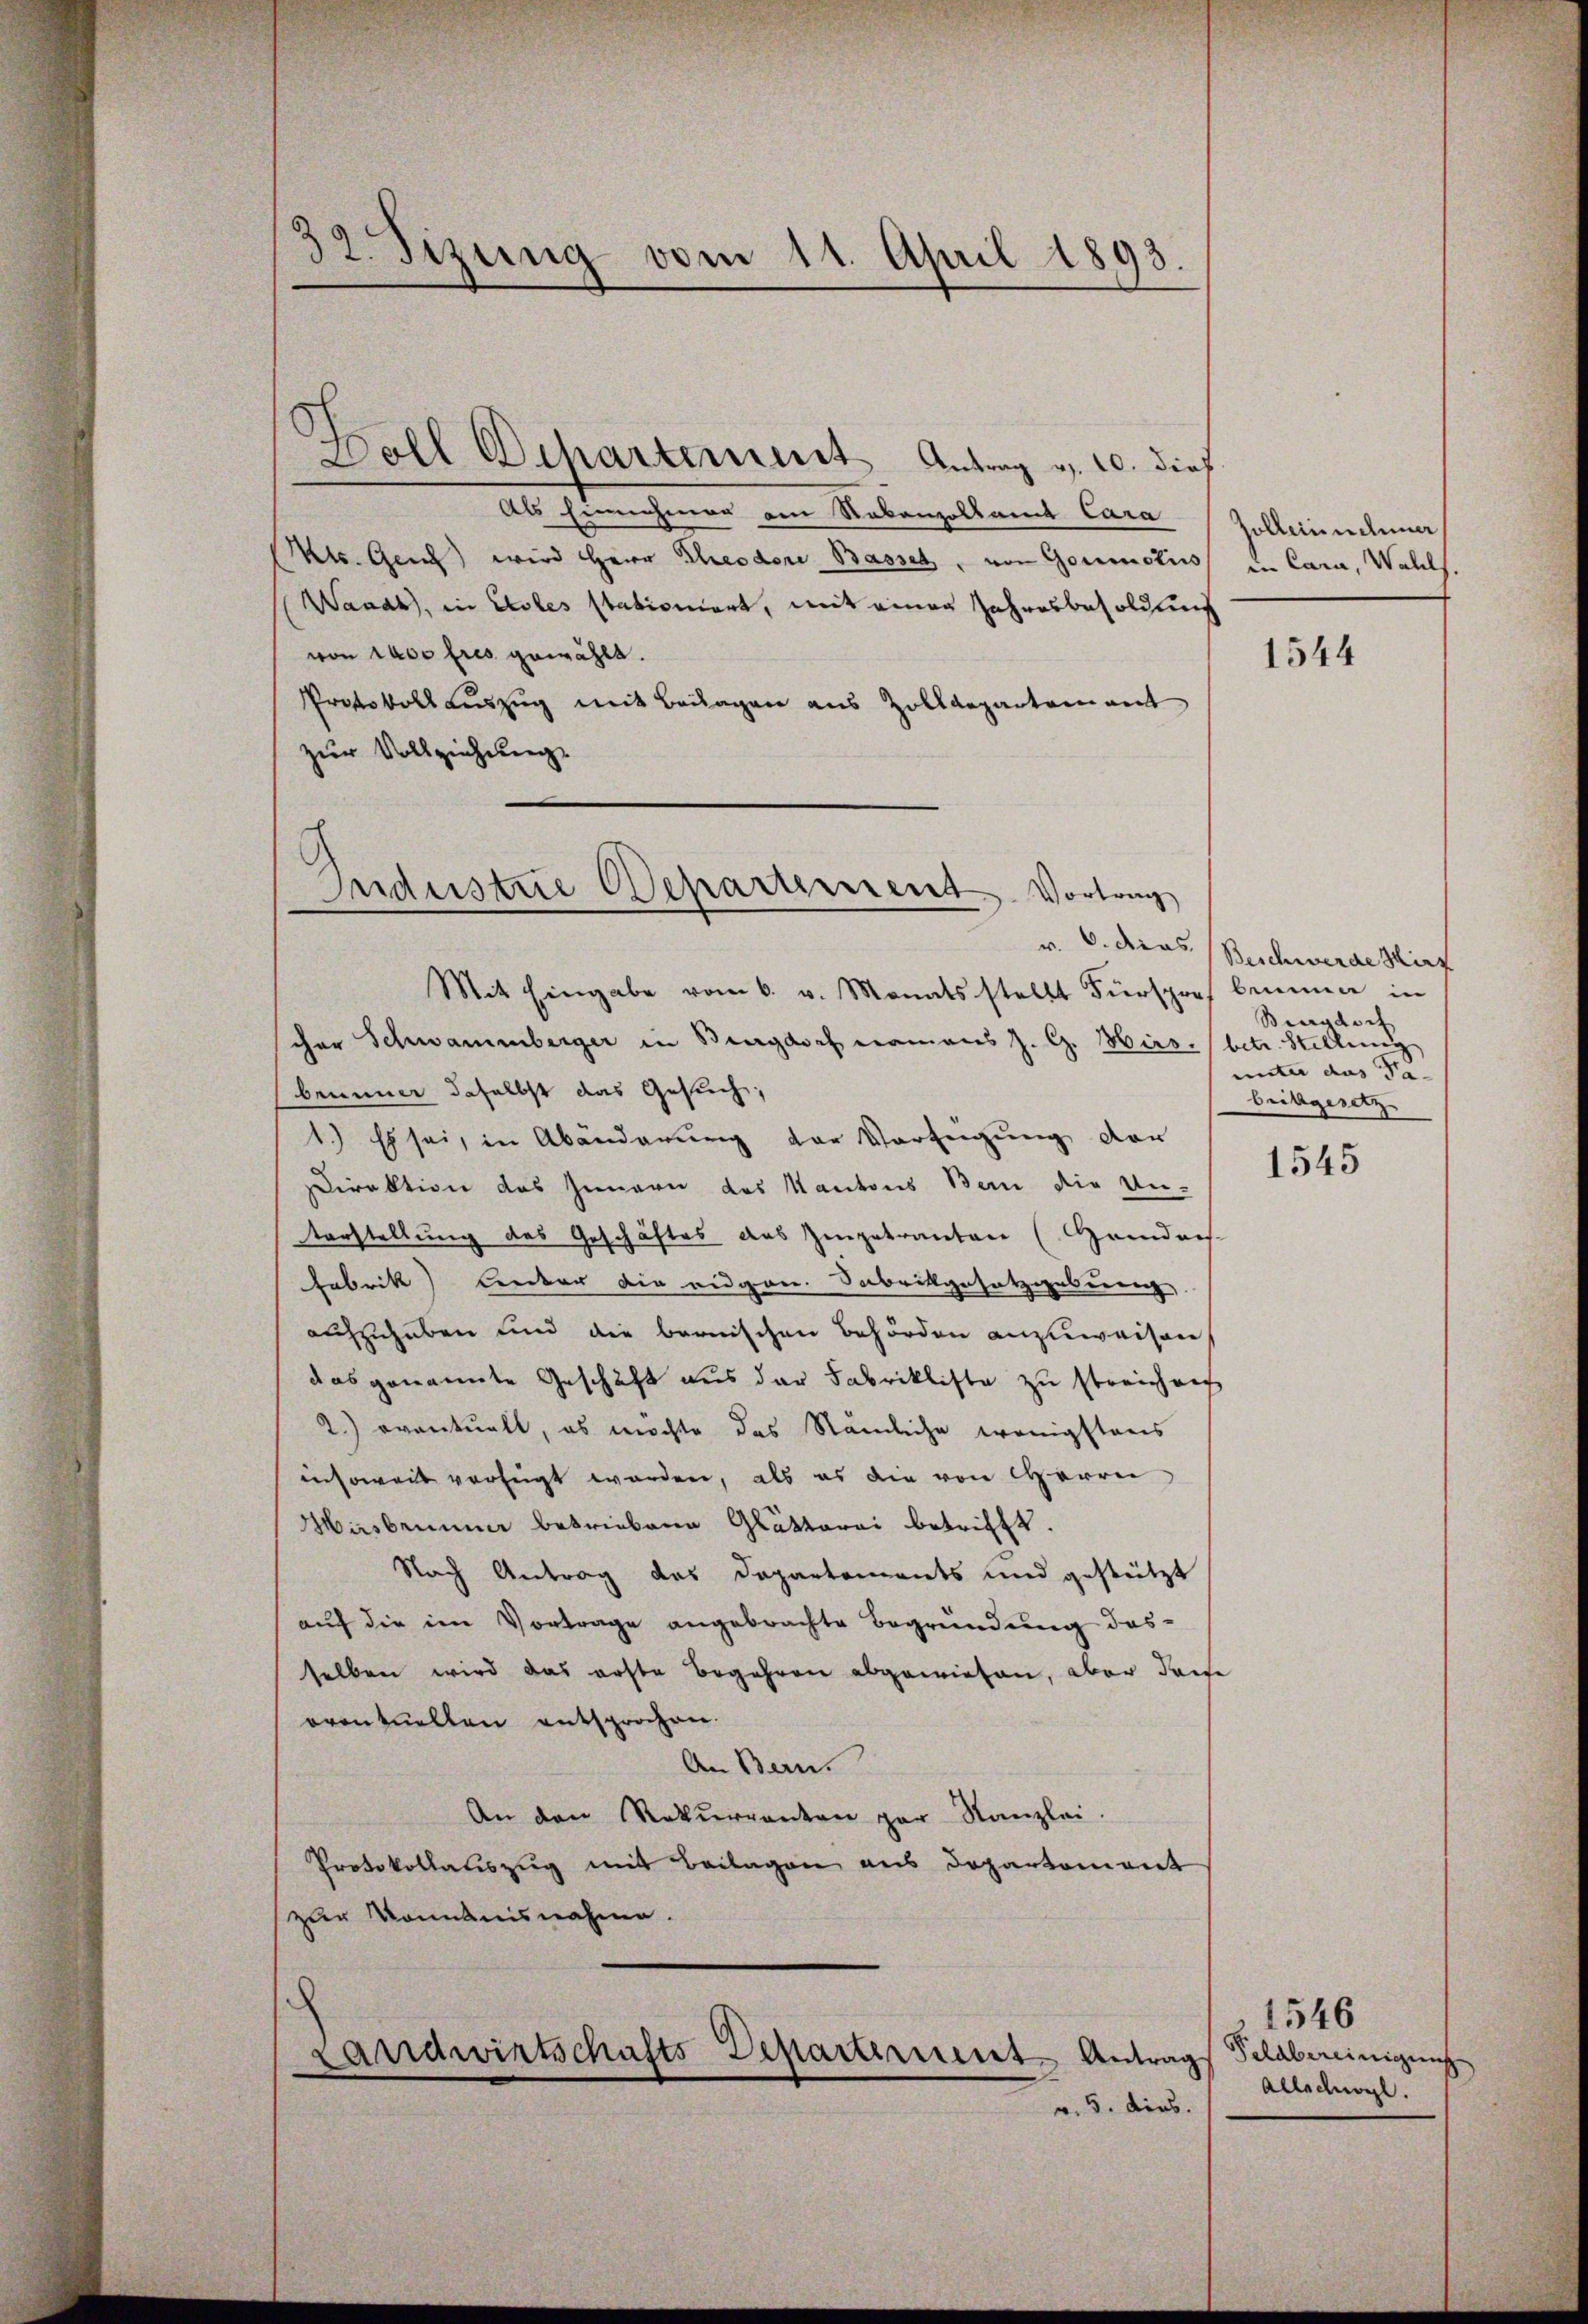
32. Fizung vom 11. April 1893.

Boll Departement. Antrag v. 10. dief
Als Einnahmen am Nebenzoltant Cara
Mts. Genf wird Herr Theodore Basset, von Goumotivs in Cara, Wahls.
Waadt, in Astes stationiert, mit einen Jahresbesoldung
von 1000 fres gewählt.
Protokoll auszug mit Beilagen aus Zolldepartement
zur Vollziehung.

Industrie Departement. Vortrag

Mit Eingabe vom 6. v. Monatsstellt Fürspres beimen in
scher Schwammberger in Burgdorf namens J. G. Hirs. betr. Stellung
brunner daselbst das Gesuch,
1.) Es sei, in Abänderung der Verfügung der
Direktion des Innern des Kantons Bern die Un-
tarstellung des Geschäftes das Zingetrauten (Gendans
Fabrik) Lenter die augen. Sabrikgesetzgebung
aufzuhaben und die bernischen Behörden anzuweisen
das genannte Geschäft aus der Fabrikliste zu streichnech
2.) eventuell, es möchte das Nämliche wenigstens
insoweit verfügt worden, als es die von Herrn
Masbrunner betriebene Glätterei betrifft.
Nach Antrag das Departements und gestützt
auf die im Vortrage angebrachte Begründung desselben wird das erste Begehren abgewiesen, aber dane
oventuellen entsprochen.
An Bern.
An den Rekurranten par Kanzlei.
Protokollauszug mit Beilagen aus Departement
zur Kenntnisnahme.
.

Landwirtschafts Departement Antrags Geldbereinigung
v. 5. dies

solleinnahme

1544

v. 6. dies Beschwerde hirf
Burgdorf
unter das Pa-
brikgesetz

1545

1546
Allschwyl.